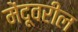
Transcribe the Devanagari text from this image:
मेंदूवरील